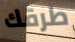
طرقك